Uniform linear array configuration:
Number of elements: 32
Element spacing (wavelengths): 1
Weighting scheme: binomial
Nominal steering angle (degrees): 15
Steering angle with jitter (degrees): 13.452
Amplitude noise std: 0.05
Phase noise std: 0.05

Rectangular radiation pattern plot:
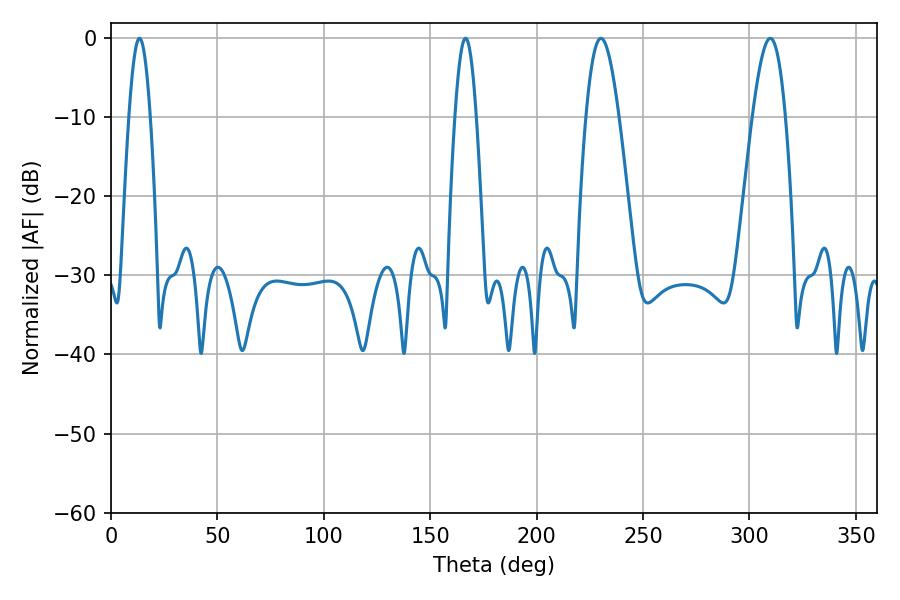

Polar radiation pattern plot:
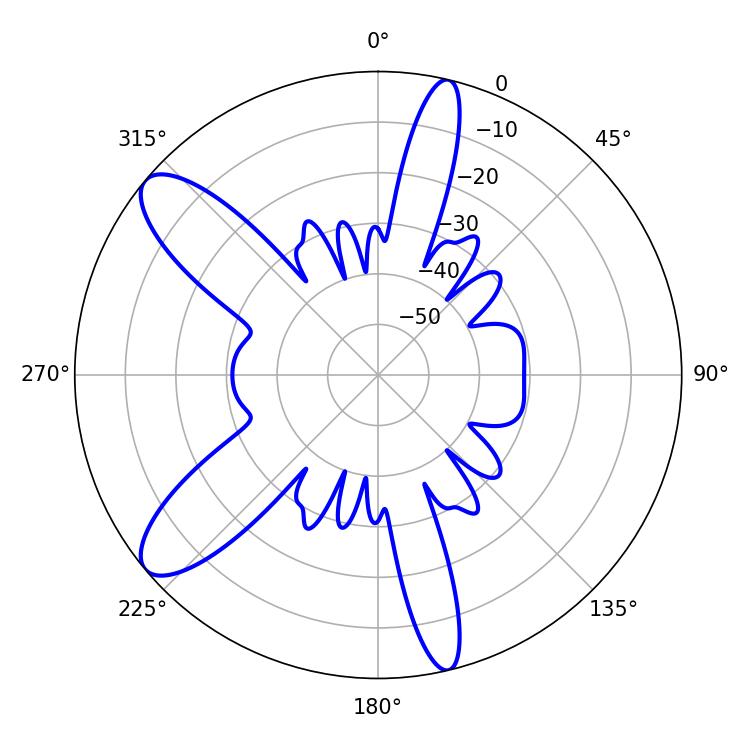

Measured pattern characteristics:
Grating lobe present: TRUE
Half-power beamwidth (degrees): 8.28
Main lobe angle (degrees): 230.22